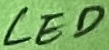
Text: LED